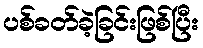
ပစ်ခတ်ခဲ့ခြင်းဖြစ်ပြီး